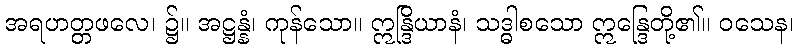
အရဟတ္တဖလေ၊ ၌။ အဋ္ဌန္နံ၊ ကုန်သော။ ဣန္ဒြိယာနံ၊ သဒ္ဓါစသော ဣန္ဒြေတို့၏။ ဝသေန၊